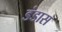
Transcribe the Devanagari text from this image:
डंडास